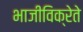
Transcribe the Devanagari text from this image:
भाजीविक्रेते